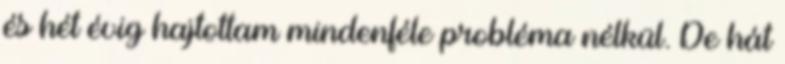
és hét évig hajtottam mindenféle probléma nélkül. De hát